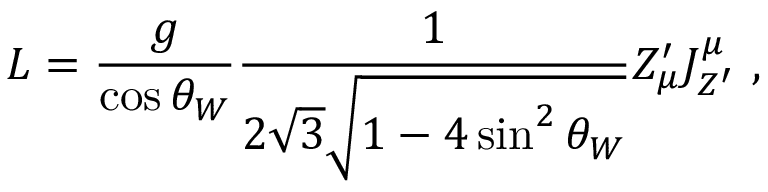
{ \cal L } = { \frac { g } { \cos \theta _ { W } } } { \frac { 1 } { 2 \sqrt { 3 } \sqrt { 1 - 4 \sin ^ { 2 } \theta _ { W } } } } Z _ { \mu } ^ { \prime } J _ { Z ^ { \prime } } ^ { \mu } \ ,